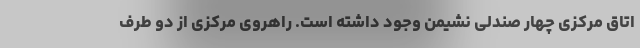
اتاق مرکزی چهار صندلی نشیمن وجود داشته است. راهروی مرکزی از دو طرف